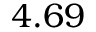
4 . 6 9